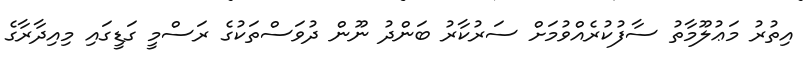
އިތުރު މަޢުލޫމާތު ސާފުކުރެއްވުމަށް ސަރުކާރު ބަންދު ނޫން ދުވަސްތަކުގެ ރަސްމީ ގަޑީގައި މިއިދާރާގެ